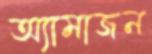
অ্যামাজন